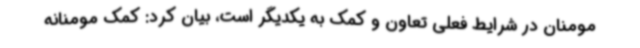
مومنان در شرایط فعلی تعاون و کمک به یکدیگر است، بیان کرد: کمک مومنانه